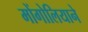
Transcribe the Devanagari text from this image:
मोंगोलियाने